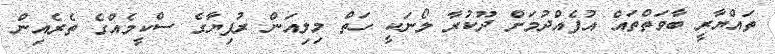
ތައްޔާރީ ބާވަތްތައް އުފެއްދުމަށް ދޫކުރާ ލޯނަކީ ހަތް މިލިއަން ރުފިޔާގެ ސްކީމެއްގެ ތެރެއިން